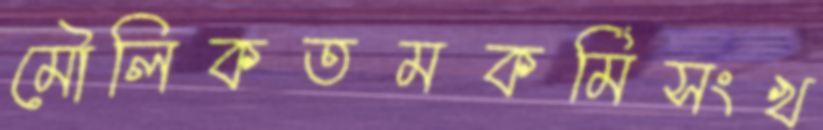
মৌলিকতমকর্মিসংখ